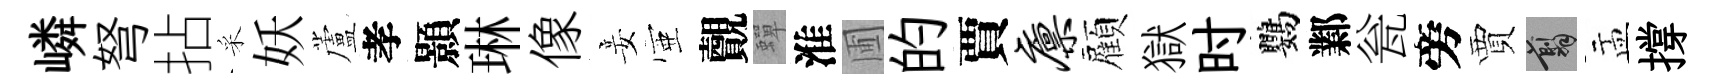
嶙弩拈采妖蘆孝顥琳像妾壺覿蟬淮圃的賈廪顏獄时鸚鄴瓮旁賈翦盂撐